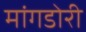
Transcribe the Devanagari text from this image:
मांगडोरी